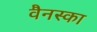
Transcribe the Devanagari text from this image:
वैनस्का